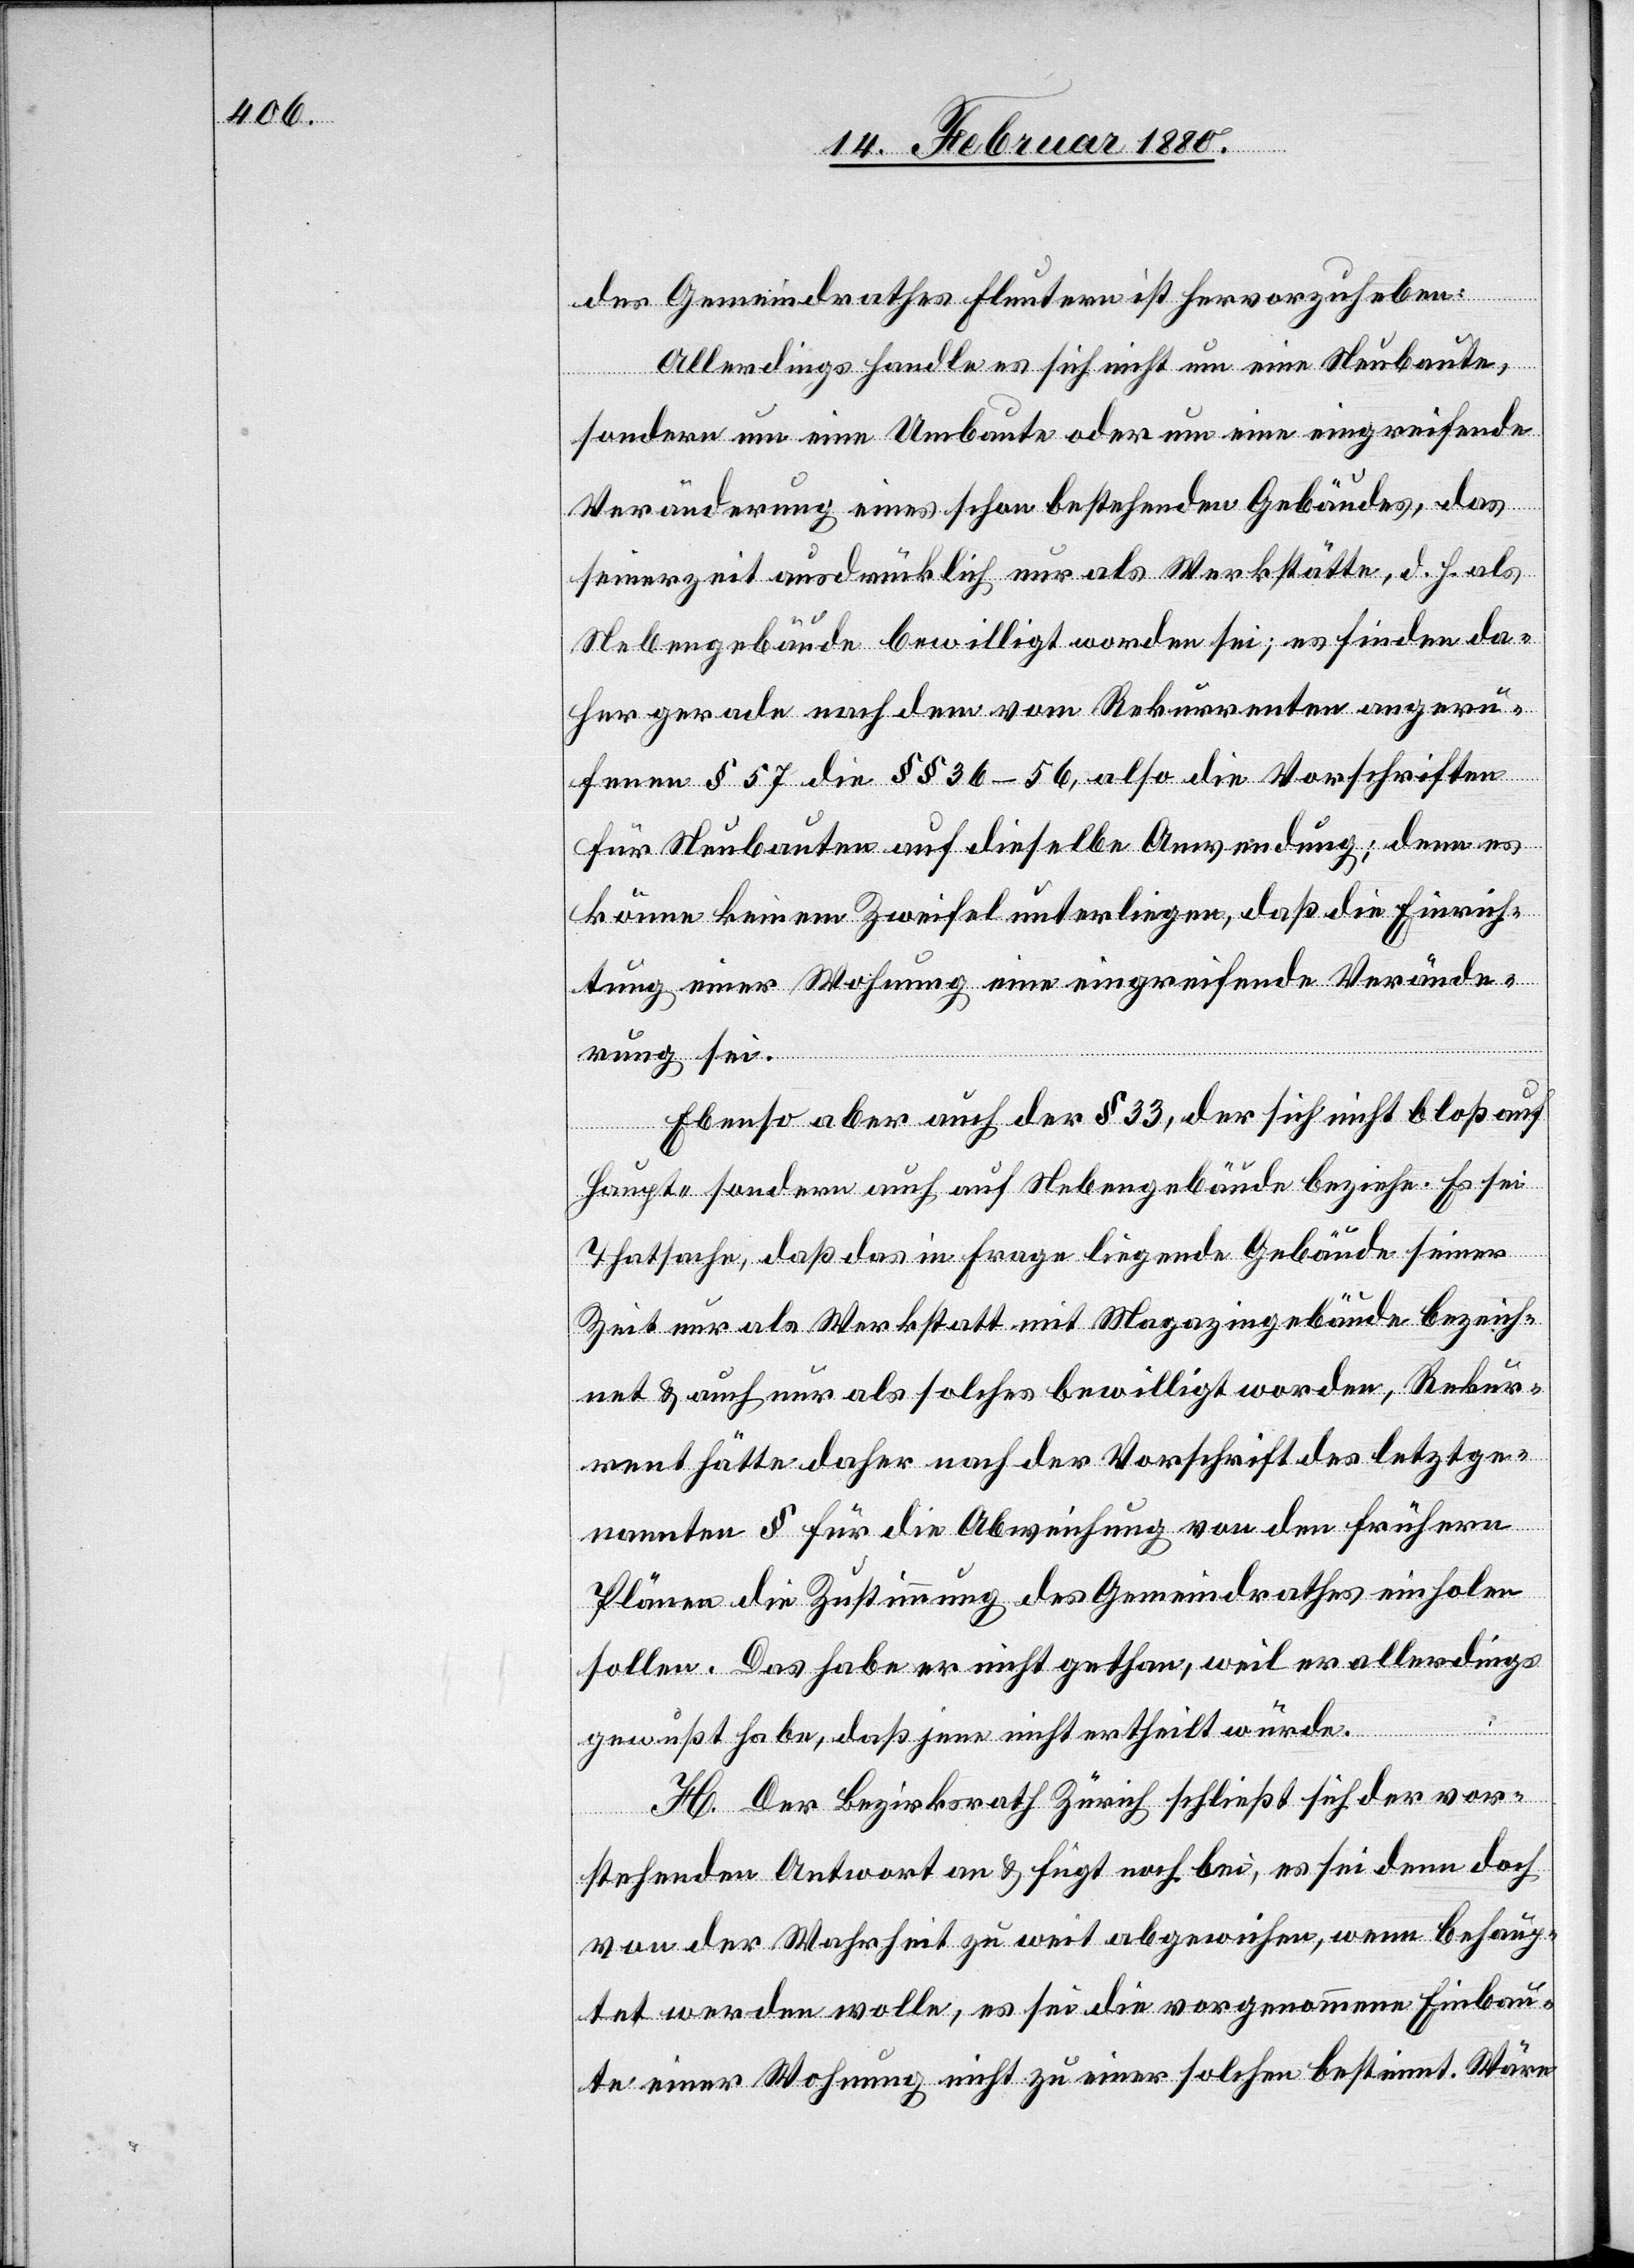
des Gemeindrathes Fluntern ist hervorzuheben:
Allerdings handle es sich nicht um eine Neubaute,
sondern um eine Umbaute oder um eine eingreifende
Veränderung eines schon bestehenden Gebäudes, das
seinerzeit ausdrücklich nur als Werkstätte, d. h. als
Nebengebäude bewilligt worden sei; es finden da¬
her gerade nach dem vom Rekurrenten angeru¬
fenen § 57 die §§ 36–56, also die Vorschriften
für Neubauten auf dieselbe Anwendung; denn es
könne keinem Zweifel unterliegen, daß die Einrich¬
tung einer Wohnung eine eingreifende Verände¬
rung sei.
Ebenso aber auch der § 33, der sich nicht bloß auf
Haupt- sondern auch auf Nebengebäude beziehe. Es sei
Thatsache, daß das in Frage liegende Gebäude seiner
Zeit nur als Werkstatt mit Magazingebäude bezeich¬
net & auch nur als solches bewilligt worden, Rekur¬
rent hätte daher nach der Vorschrift des letztge¬
nannten § für die Abweichung von den frühern
Plänen die Zustimmung des Gemeindrathes einholen
sollen. Das habe er nicht gethan, weil er allerdings
gewußt habe, daß jene nicht ertheilt würde.
H. Der Bezirksrath Zürich schließt sich der vor¬
stehenden Antwort an & fügt noch bei, es sei denn doch
von der Wahrheit zu weit abgewichen, wenn behaup¬
tet werden wolle, es sei die vorgenommene Einbau¬
te einer Wohnung nicht zu einer solchen bestimmt. Wäre